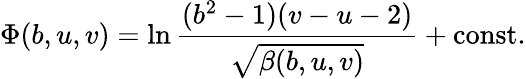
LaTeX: \Phi(b,u,v)=\ln\frac{(b^{2}-1)(v-u-2)}{\sqrt{\beta(b,u,v)}}+\mathrm{const.}